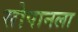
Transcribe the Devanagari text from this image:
सोपानला